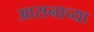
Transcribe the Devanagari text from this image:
आसनाच्या